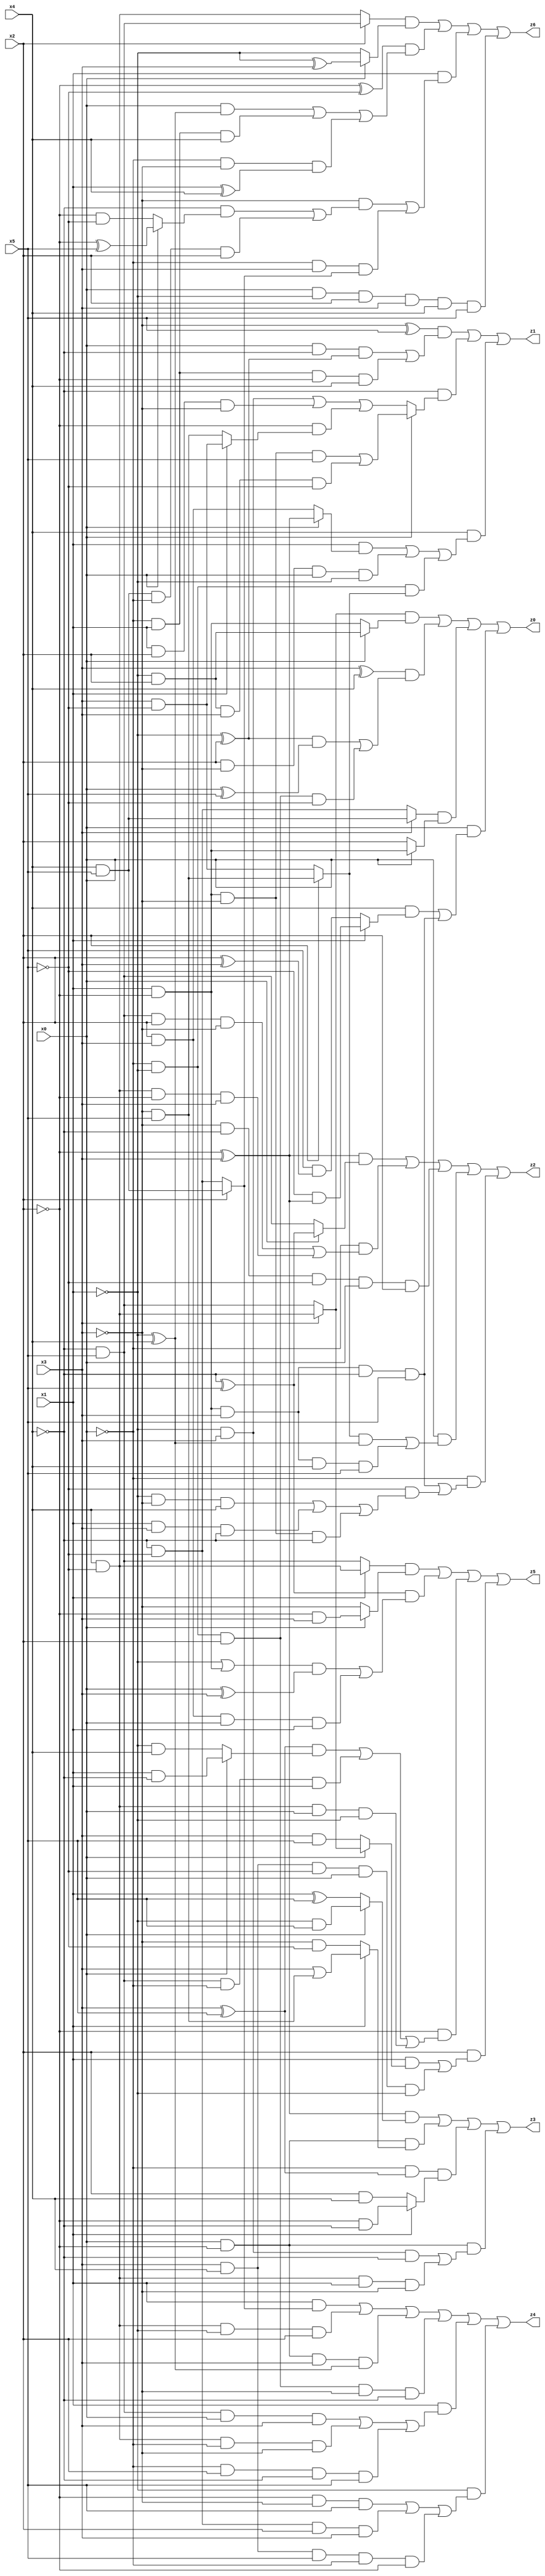
// Benchmark "X_41" written by ABC on Thu Jun 29 21:47:01 2023

module X_41 ( 
    x0, x1, x2, x3, x4, x5,
    z0, z1, z2, z3, z4, z5, z6  );
  input  x0, x1, x2, x3, x4, x5;
  output z0, z1, z2, z3, z4, z5, z6;
  assign z0 = ((x3 ? (x4 & ~x5) : (~x4 & x5)) & (x0 ? (~x1 & x2) : (x1 & ~x2))) | ((x3 ^ x4) & (((~x1 ^ x2) & (x0 ^ x5)) | (~x0 & ~x1 & x2 & ~x5))) | ((x3 ? (x4 & x5) : (~x4 & ~x5)) & (x0 ? (x1 & ~x2) : x2)) | (x0 & ((x4 & (x1 ? (~x5 & (~x2 ^ x3)) : (x5 & (x2 ^ x3)))) | (x1 & ~x2 & x3 & ~x4 & x5)));
  assign z1 = ((~x3 ^ x5) & ((x0 & ~x4 & (~x1 ^ x2)) | (~x0 & x1 & ~x2 & x4))) | (~x4 & (x0 ? ((x1 & ~x2 & ~x3 & x5) | (~x1 & x2 & x3 & ~x5)) : ((~x1 & x3) | (x1 & x2 & ~x3) | (~x2 & (x1 ? (x3 & ~x5) : (~x3 & x5)))))) | (x4 & ((x1 & (x0 ? (~x2 ^ x3) : (x2 & x3))) | (x2 & ~x3 & x0 & ~x1) | (~x0 & ~x1 & (x2 ? (~x3 & x5) : (x3 & ~x5)))));
  assign z2 = ((~x2 ^ x3) & (x0 ? (~x4 ^ x5) : (~x4 & x5))) | (~x0 & ((~x4 & x5 & x2 & ~x3) | (x4 & ~x5 & ~x2 & x3))) | (~x3 & ~x4 & ~x5 & x0 & x2) | (x0 & (((x2 ? (~x3 & x5) : (x3 & ~x5)) & (~x1 ^ x4)) | (x1 & ~x2 & x3 & x4 & x5))) | (~x0 & ((x1 & ~x2 & x3 & ~x4 & x5) | (~x5 & ((~x1 & ~x3 & x4) | (x1 & x3 & ~x4) | (x1 & ~x2 & ~x3 & ~x4)))));
  assign z3 = ((~x2 ^ x3) & (x0 ? (~x1 & x5) : (x1 ^ x5))) | (x0 & ~x2 & (x1 ? (x3 | (~x3 & x5)) : (~x3 & ~x5))) | (~x0 & (x3 ^ x5) & (x1 ? (~x2 & ~x4) : (x2 & x4))) | (x0 & ~x2 & ((~x1 & x3 & ~x4) | (x4 & ~x5 & x1 & ~x3)));
  assign z4 = (x1 & (x2 ? (x4 & x5) : (~x4 & ~x5))) | (x4 & ~x5 & ~x1 & x2) | (x0 & ~x2 & x3 & (~x1 ^ x4)) | (~x0 & ~x1 & x2 & ~x3 & ~x4) | (x1 & ((~x4 & x5 & x0 & x3) | (x4 & ~x5 & ~x0 & ~x3) | (~x0 & x2 & ~x4 & x5))) | (~x1 & ((~x2 & ~x3 & x5) | (~x4 & ~x5 & x2 & x3) | (x3 & x4 & x5 & ~x0 & ~x2)));
  assign z5 = ((x1 ? (x4 & ~x5) : (~x4 & x5)) & (x0 ? (~x2 & x3) : ~x3)) | ((~x4 ^ x5) & (((~x1 | (x1 & ~x2)) & (x0 ^ x3)) | (x2 & x3 & x0 & x1))) | (~x2 & (((x3 ^ x5) & (x0 ? (x1 & ~x4) : (~x1 & x4))) | (~x4 & x5 & ~x0 & x1) | (x4 & ~x5 & x0 & ~x1))) | (x2 & ((x1 & (x0 ? (x3 ? (x4 & ~x5) : (~x4 & x5)) : (x3 & x5))) | (x3 & x4 & ~x5 & x0 & ~x1)));
  assign z6 = ((x2 ? (~x4 & x5) : (x4 & ~x5)) & (x0 ? (~x1 ^ x3) : ~x1)) | ((~x2 ^ ~x5) & ((x0 & (~x1 ^ x4)) | (~x0 & x1 & x4) | (~x0 & ~x3 & (x1 ^ x4)))) | (x1 & ((~x3 & ((~x4 & (x0 ? (~x2 ^ x5) : (~x2 & ~x5))) | (x4 & x5 & ~x0 & x2))) | (~x0 & x3 & (x2 ? (x4 & x5) : (~x4 & ~x5))))) | (x0 & ~x1 & x2 & x3 & x4 & x5);
endmodule